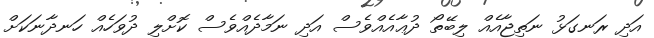
އަދި ރަނގަޅު ނަތިޖާއެއް ލިބޭތޯ ދުޢާއެއްވެސް އަދި ނަމާދެއްވެސް ކޮށްލި ދުވަހެއް ހަނދާނަކަށް